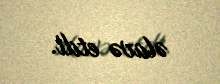
əlavə etdi.